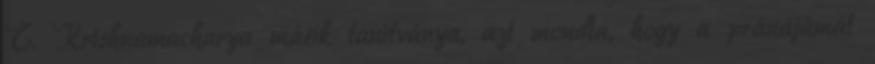
T. Krishnamacharya másik tanítványa, azt mondta, hogy a pránájámát